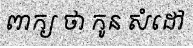
ពាក្យ ថា កូន សំដៅ